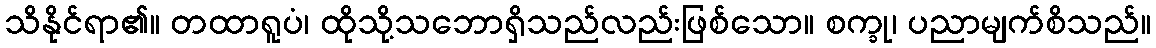
သိနိုင်ရာ၏။ တထာရူပံ၊ ထိုသို့သဘောရှိသည်လည်းဖြစ်သော။ စက္ခု၊ ပညာမျက်စိသည်။